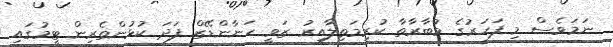
ނަމަވެސް މި ފަހަރުގެ މުބާރާތާ ކުރިމަތިލާއިރު ޒަވީ ހަނާންޑޭޒް ފަދަ ކުޅުންތެރިން ޓީމުގައި